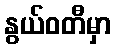
နွယ်ဝတီမှာ